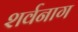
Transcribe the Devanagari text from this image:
शर्वनाग